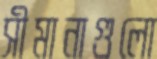
সীমানাগুলো